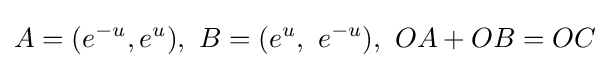
A=(e^{-u},e^{u}),\ B=(e^{u},\ e^{-u}),\ OA+OB=OC